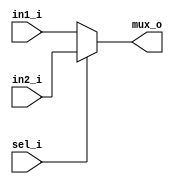
// Name: mux.v
//
// Simple multiplexer 2 inputs 1 output

module mux #(
  parameter Width = 32
) (
  input  [Width-1:0] in1_i,
  input  [Width-1:0] in2_i,
  input              sel_i,
  output [Width-1:0] mux_o
);

  assign mux_o = sel_i ? in2_i : in1_i;

endmodule